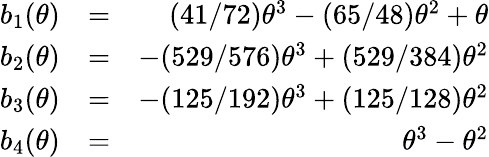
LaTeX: \begin{array}{rlr}{b_{1}(\theta)}&{=}&{(41/72)\theta^{3}-(65/48)\theta^{2}+\theta}\\ {b_{2}(\theta)}&{=}&{-(529/576)\theta^{3}+(529/384)\theta^{2}}\\ {b_{3}(\theta)}&{=}&{-(125/192)\theta^{3}+(125/128)\theta^{2}}\\ {b_{4}(\theta)}&{=}&{\theta^{3}-\theta^{2}}\end{array}